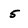
Character: 5